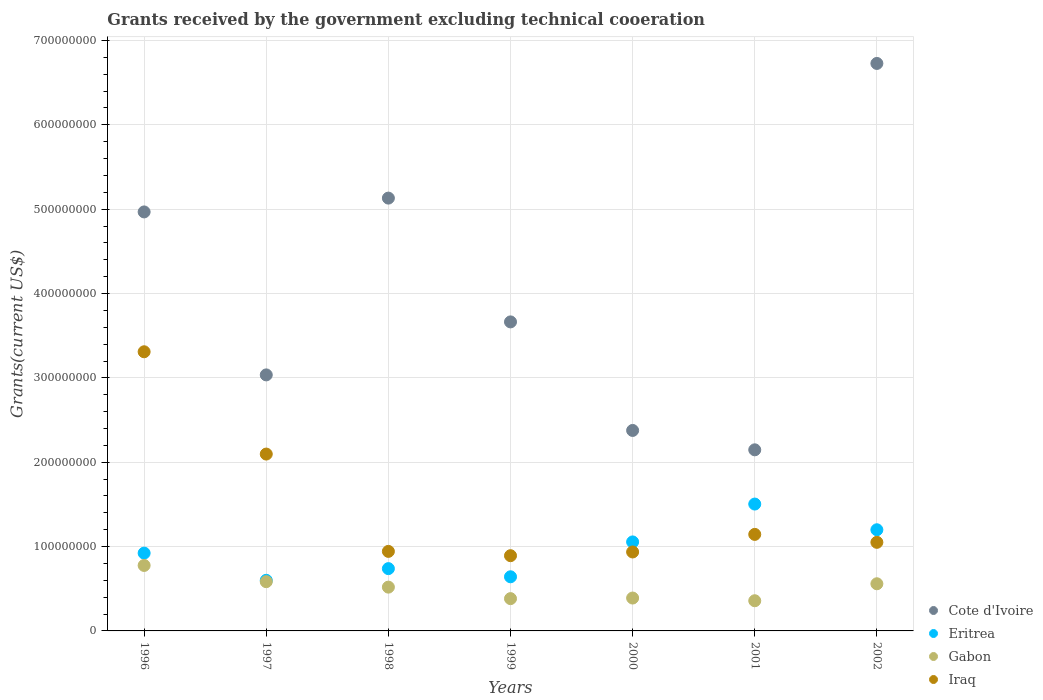
| Years | Cote d'Ivoire | Eritrea | Gabon | Iraq |
 | --- | --- | --- | --- | --- |
 | 1996 | 4.97e+08 | 9.22e+07 | 7.76e+07 | 3.31e+08 |
 | 1997 | 3.04e+08 | 6e+07 | 5.84e+07 | 2.1e+08 |
 | 1998 | 5.13e+08 | 7.39e+07 | 5.19e+07 | 9.43e+07 |
 | 1999 | 3.66e+08 | 6.42e+07 | 3.83e+07 | 8.92e+07 |
 | 2000 | 2.38e+08 | 1.06e+08 | 3.9e+07 | 9.36e+07 |
 | 2001 | 2.15e+08 | 1.5e+08 | 3.58e+07 | 1.14e+08 |
 | 2002 | 6.73e+08 | 1.2e+08 | 5.59e+07 | 1.05e+08 |